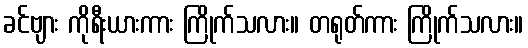
ခင်ဗျား ကိုရီးယားကား ကြိုက်သလား။ တရုတ်ကား ကြိုက်သလား။